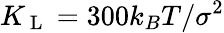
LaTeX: K_{\mathrm{~L~}}=300k_{B}T/\sigma^{2}